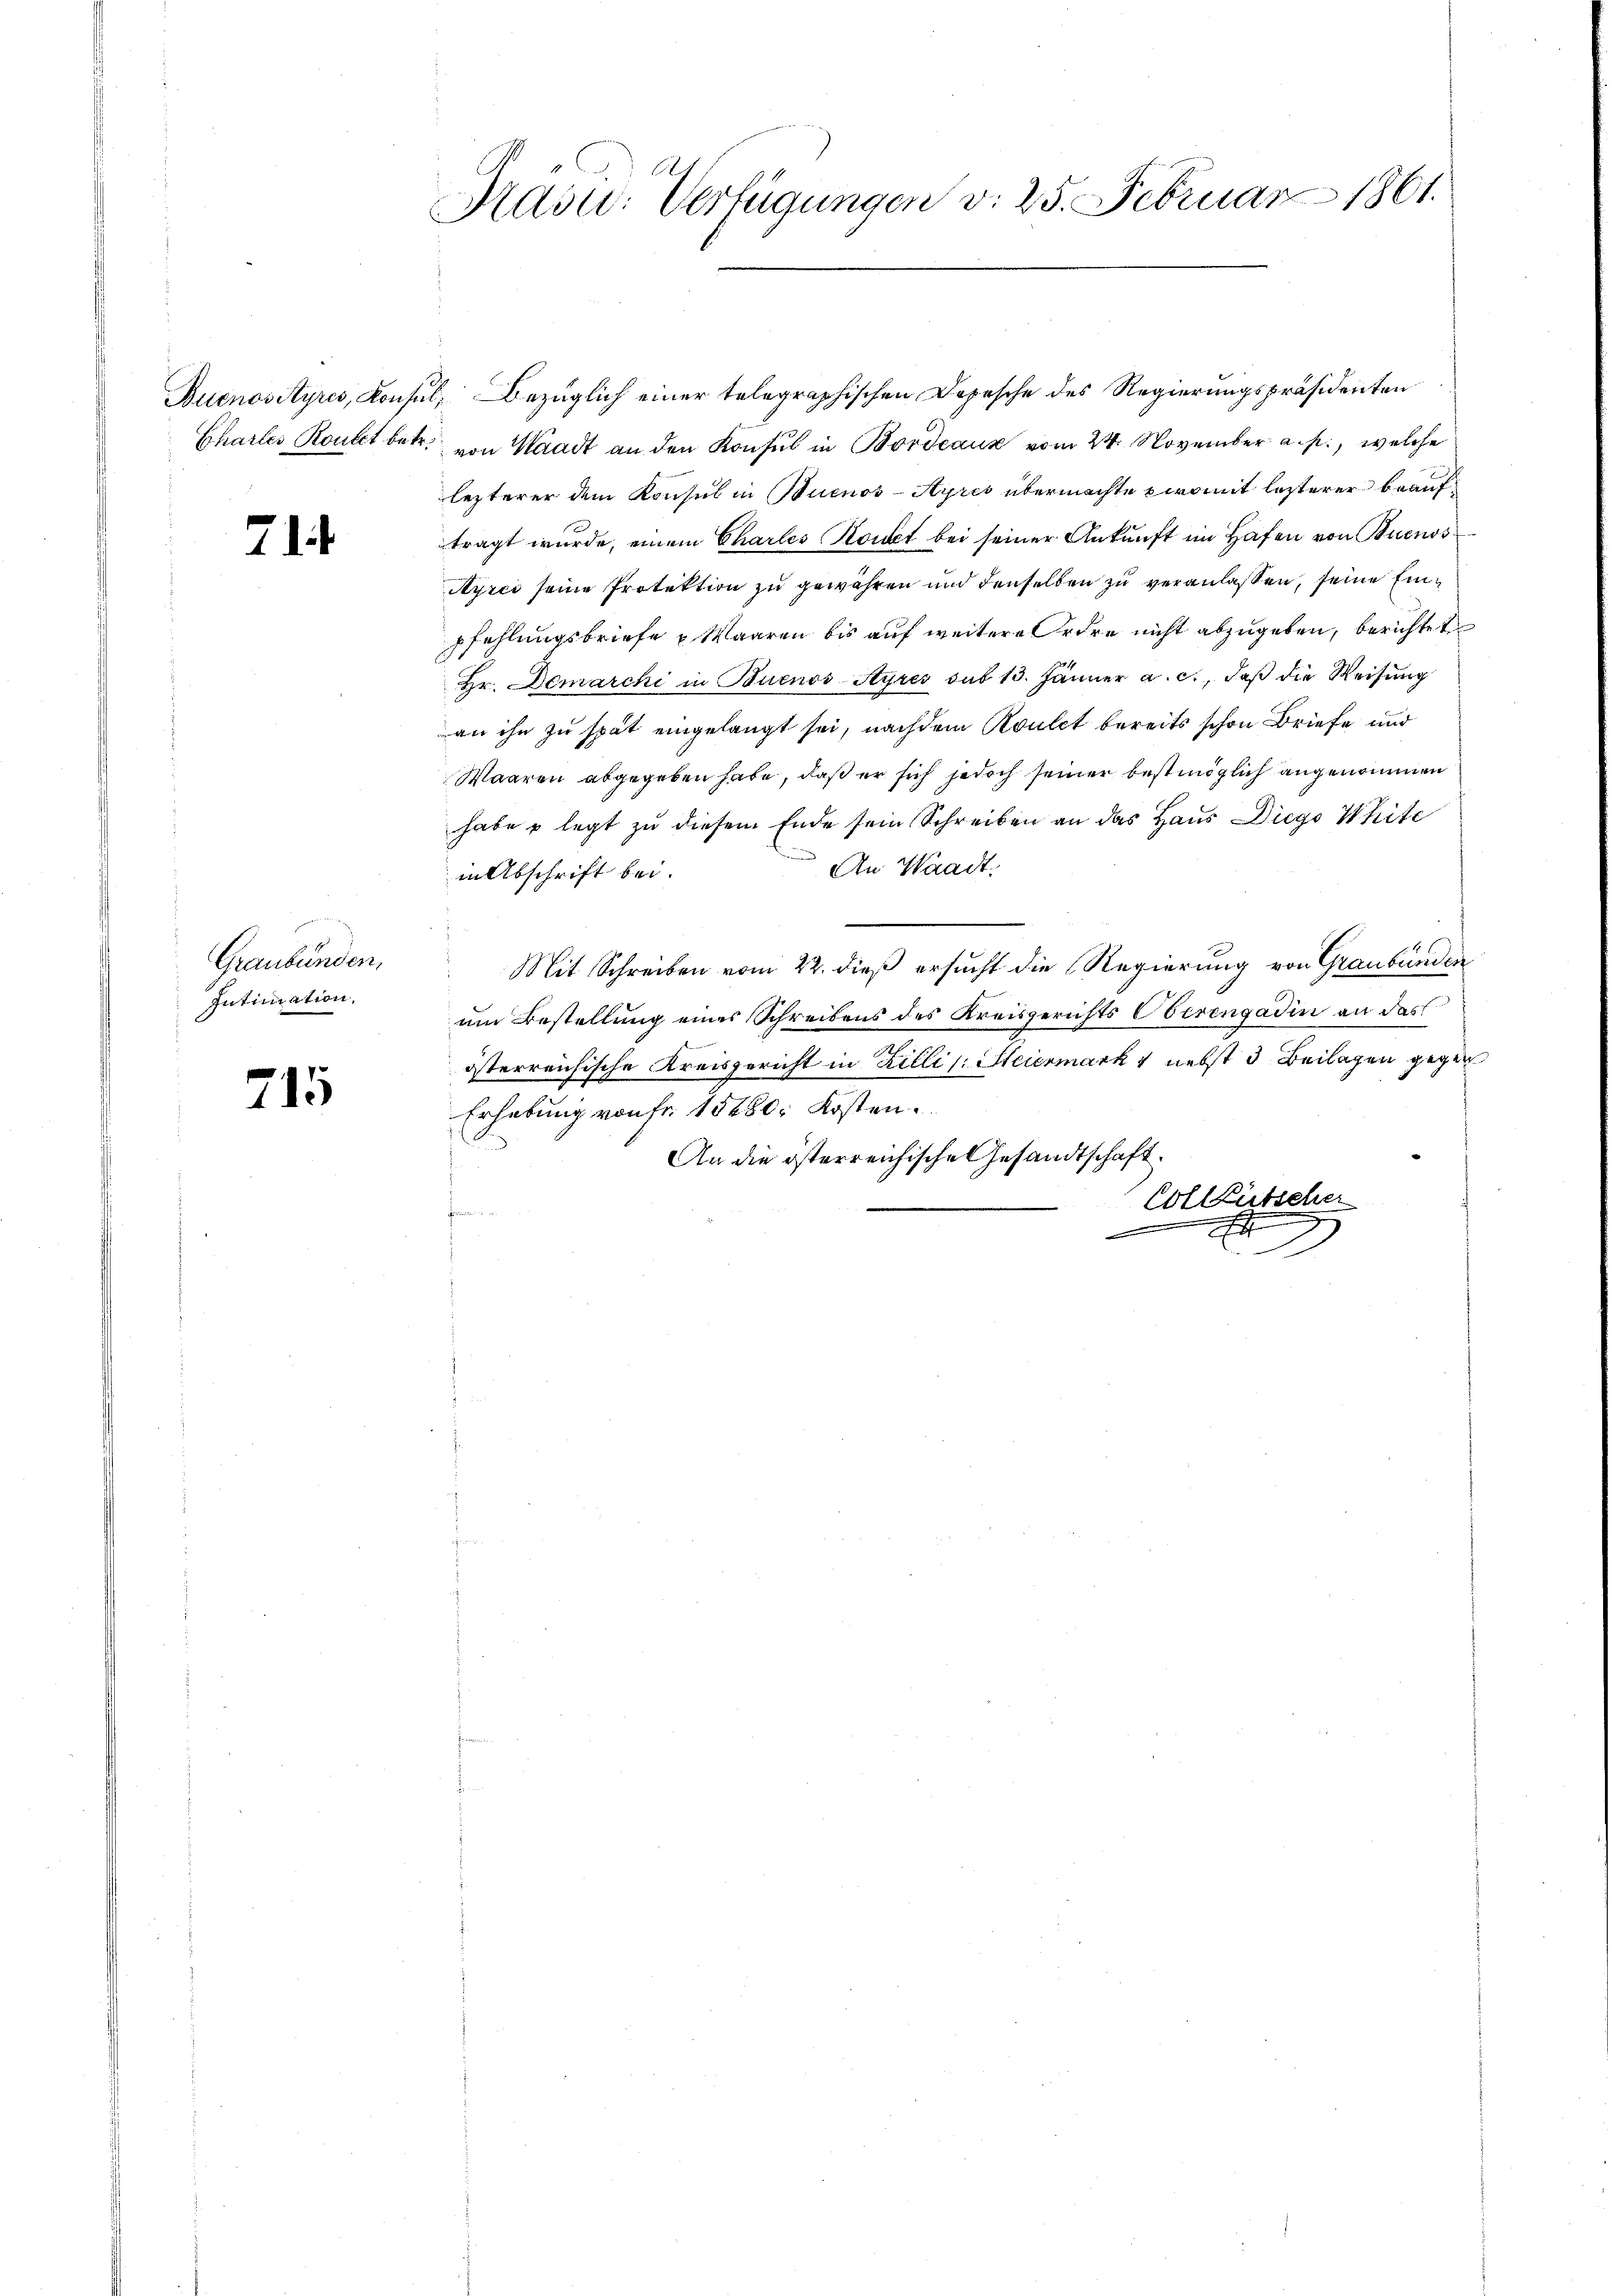
71

Graubünden,
Intimation,

715

F
Kasu: Verfügungen v. 25. Februar 1861.

Buenos Ayres, Konsul, Bezüglich einer telegraphischen Depesche des Regierungspräsidenten
Chartes Konst betr. von Waadt an den Konsul in Bordeaux vom 24. November a. p., welche
lezterer dem Konsul in Buenos-Ayres übermachte womit lezterer beauftragt wurde, einem Chartes Konst bei seiner Ankunft im Hafen von Buenos
Ayres seine Protektion zu gewähren und denselben zu veranlassen, seine Einpfehlungsbriefe u. Waaren bis auf weitere Ordre nicht abzugeben, berichtet
Hr. Demarchi in Buenos-Ayres sub 13. Jänner a. c., daß die Weisung
an ihn zu spät eingelangt sei, nachdem Roulet bereits schon Briefe und
Waaren abgegeben habe, daß er sich jedoch seiner bestmöglich angenommen
habe u legt zu diesem Ende sein Schreiben an das Haus Diego White
An Waadt.
in Abschrift bei.
Mit Schreiben vom 22. dieß ersucht die Regierung von Graubünden
um Bestellung eines Schreibens des Kreisgerichts Oberengadin an das
österreichische Kreisgericht in Billi (: Steiermark v nebst 3 Beilagen gegen
Erhebung von fr. 15480. Kosten.
An die österreichische Gesandtschaft.
Collgütscher
.
i